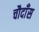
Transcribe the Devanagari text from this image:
चौदाँस